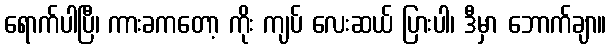
ရောက်ပါပြီ၊ ကားခကတော့ ကိုး ကျပ် လေးဆယ် ပြားပါ၊ ဒီမှာ ဘောက်ချာ။